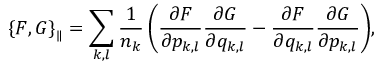
\left\{ F , G \right\} _ { \parallel } = \sum _ { k , l } { \frac { 1 } { n _ { k } } \left( \frac { \partial F } { \partial p _ { k , l } } \frac { \partial G } { \partial q _ { k , l } } - \frac { \partial F } { \partial q _ { k , l } } \frac { \partial G } { \partial p _ { k , l } } \right) } ,